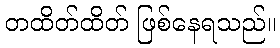
တထိတ်ထိတ် ဖြစ်နေရသည်။